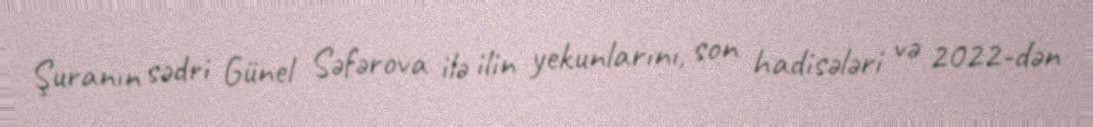
Şuranın sədri Günel Səfərova ilə ilin yekunlarını, son hadisələri və 2022-dən